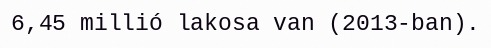
6,45 millió lakosa van (2013-ban).